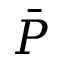
\bar { P }